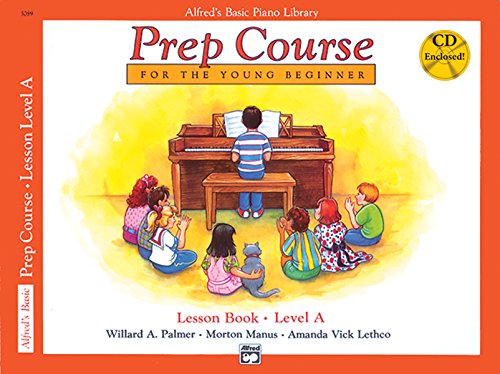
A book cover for Alfred's Basic Piano Prep Course Lesson Book Level A (Alfred's Basic Piano Library); Willard A. Palmer; Humor & Entertainment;